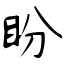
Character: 盼